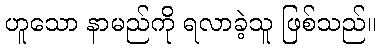
ဟူသော နာမည်ကို ရလာခဲ့သူ ဖြစ်သည်။